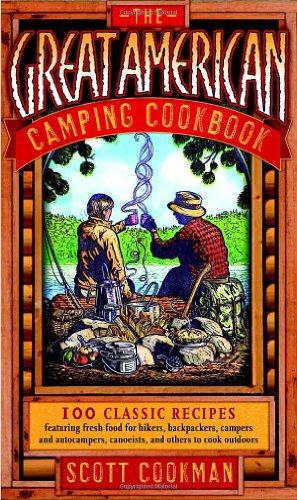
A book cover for The Great American Camping Cookbook; Scott Cookman; Cookbooks, Food & Wine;